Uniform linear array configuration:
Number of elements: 64
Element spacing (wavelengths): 0.5
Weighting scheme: hamming
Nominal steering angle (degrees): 45
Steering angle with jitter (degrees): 44.605
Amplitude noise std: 0.05
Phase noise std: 0.05

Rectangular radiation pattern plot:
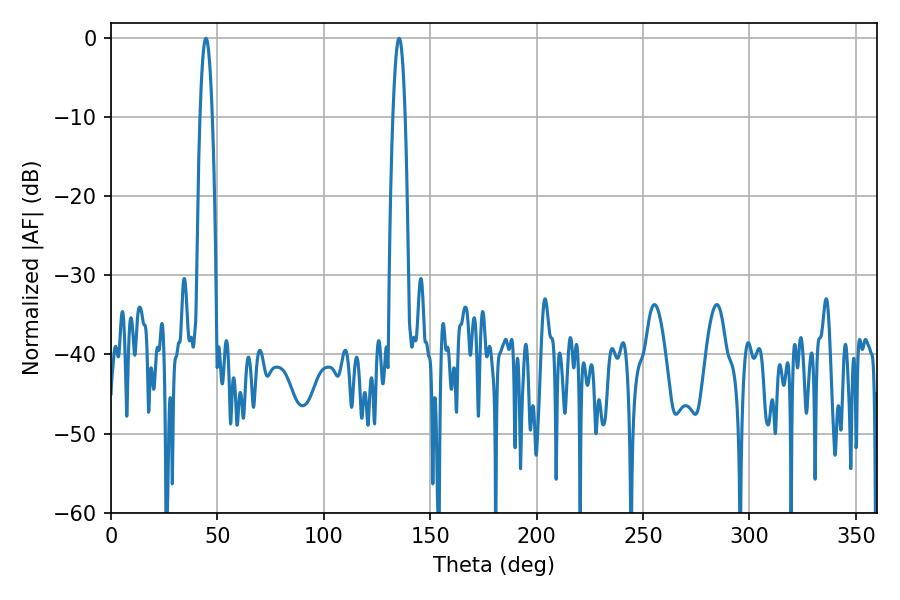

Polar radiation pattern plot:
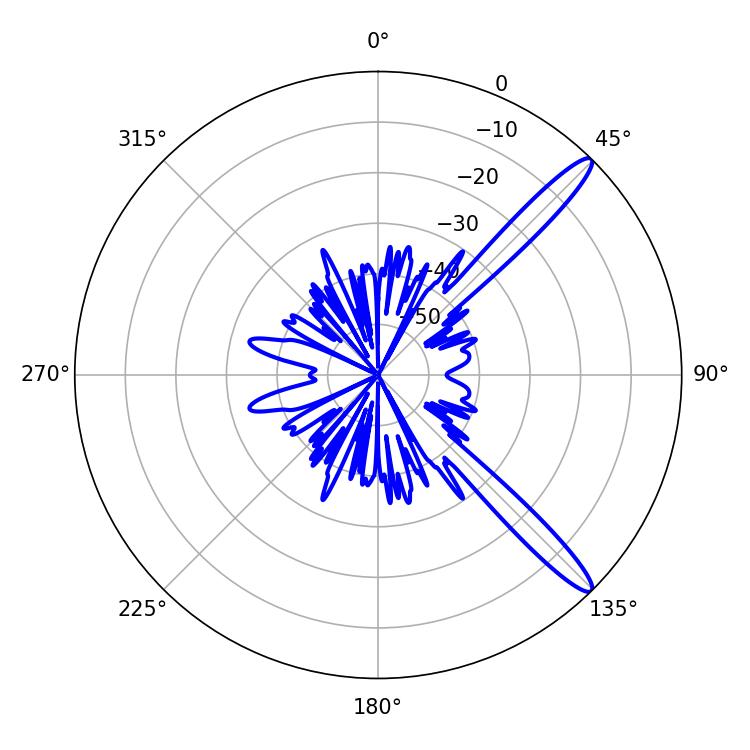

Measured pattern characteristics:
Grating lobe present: FALSE
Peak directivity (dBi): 13.733
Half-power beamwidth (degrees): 3.24
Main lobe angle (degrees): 44.64